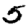
Digit: 5